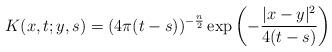
LaTeX: \begin{align*}K(x,t;y,s) = (4\pi (t-s))^{-\frac{n}{2}} \exp\left( - \frac{|x-y|^2}{4(t-s)}\right)\end{align*}